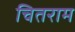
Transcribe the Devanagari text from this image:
चितराम